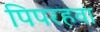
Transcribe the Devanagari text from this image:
पिपरहवा